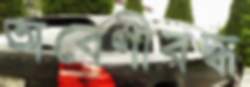
অবেণীবদ্ধ